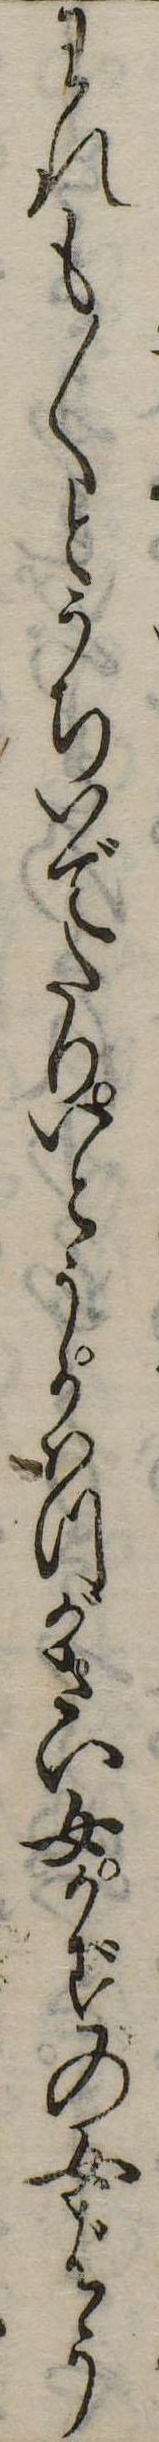
われも〱とうちいでたりいとうかはつがさい女かずの女ばう